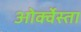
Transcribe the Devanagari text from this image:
ओर्क्वेस्ता